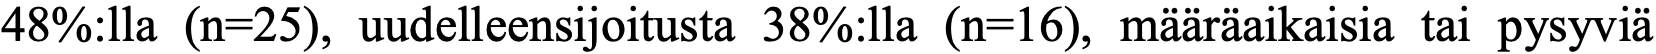
48%:lla (n=25), uudelleensijoitusta 38%:lla (n=16), määräaikaisia tai pysyviä